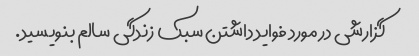
گزارشی در مورد فواید داشتن سبک زندگی سالم بنویسید.